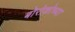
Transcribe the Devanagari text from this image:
बोरोकोच्या